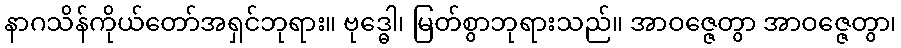
နာဂသိန်ကိုယ်တော်အရှင်ဘုရား။ ဗုဒ္ဓေါ၊ မြတ်စွာဘုရားသည်။ အာဝဇ္ဇေတွာ အာဝဇ္ဇေတွာ၊